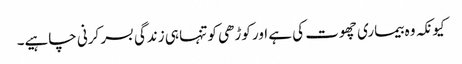
کیونکہ وہ بیماری چھوت کی ہے اور کوڑھی کو تنہا ہی زندگی بسر کرنی چاہیے۔